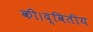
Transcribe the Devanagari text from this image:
की।द्वितीय